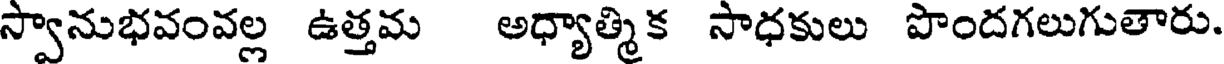
స్వానుభవంవల్ల ఉత్తమ అధ్యాత్మిక సాధకులు పొందగలుగుతారు